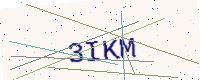
Text: 3IKM